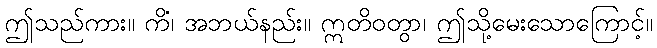
ဤသည်ကား။ ကိံ၊ အဘယ်နည်း။ ဣတိဝတွာ၊ ဤသို့မေးသောကြောင့်။